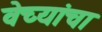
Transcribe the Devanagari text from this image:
वेच्यांचा